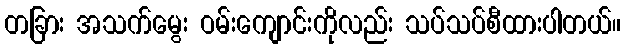
တခြား အသက်မွေး ဝမ်းကျောင်းကိုလည်း သပ်သပ်စီထားပါတယ်။